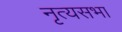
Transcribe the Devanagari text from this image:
नृत्यसभा